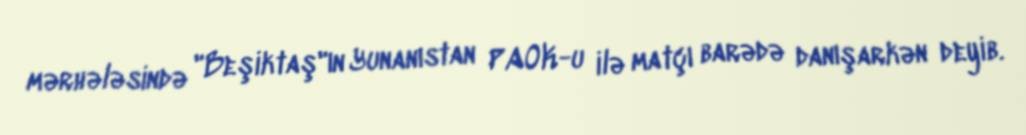
mərhələsində "Beşiktaş"ın Yunanıstan PAOK-u ilə matçı barədə danışarkən deyib.